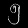
Digit: ၅